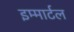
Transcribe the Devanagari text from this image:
इम्मार्टल